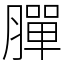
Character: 䐷